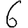
Digit: 6